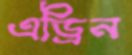
এড্রিন